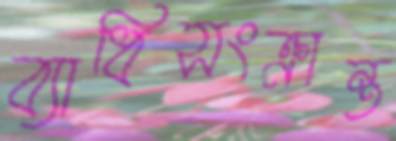
ব্যাধিসংক্রান্ত